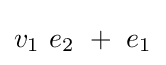
v_{1}~e_{2}~+~e_{1}